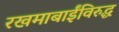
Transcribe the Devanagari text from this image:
रखमाबाईंविरुद्ध